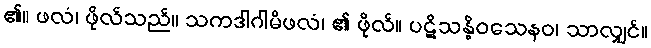
၏။ ဖလံ၊ ဖိုလ်သည်။ သကဒါဂါမိဖလံ၊ ၏ ဖိုလ်။ ပဋိသန္ဓိဝသေနဝ၊ သာလျှင်။